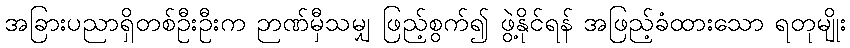
အခြားပညာရှိတစ်ဦးဦးက ဉာဏ်မှီသမျှ ဖြည့်စွက်၍ ဖွဲ့နိုင်ရန် အဖြည့်ခံထားသော ရတုမျိုး